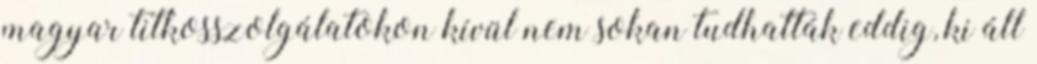
magyar titkos­szolgálatokon kívül nem sokan tudhatták eddig, ki áll